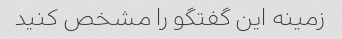
زمینه این گفتگو را مشخص کنید